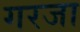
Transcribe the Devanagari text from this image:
गरजा